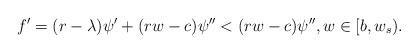
LaTeX: \begin{align*}f'=(r-\lambda)\psi'+(rw-c)\psi''< (rw-c)\psi'', w\in[b,w_s).\end{align*}